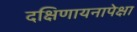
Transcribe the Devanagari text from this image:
दक्षिणायनापेक्षा